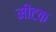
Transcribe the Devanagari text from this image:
मीटक